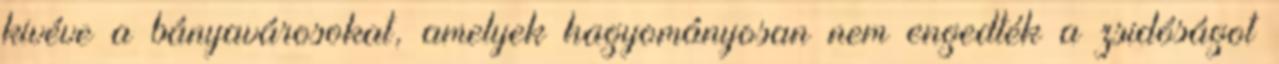
kivéve a bányavárosokat, amelyek hagyományosan nem engedték a zsidóságot